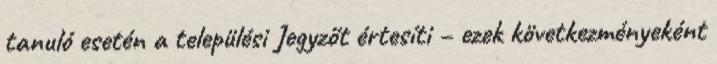
tanuló esetén a települési Jegyzőt értesíti – ezek következményeként